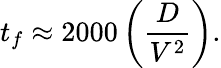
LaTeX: t_{f}\approx 2000\left(\frac{D}{V^{2}}\right).